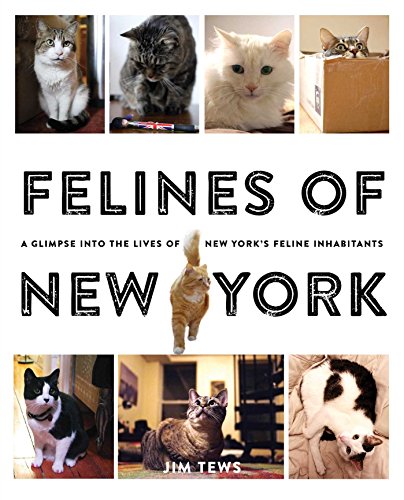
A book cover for Felines of New York: A Glimpse Into the Lives of New York's Feline Inhabitants; Jim Tews; Humor & Entertainment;